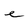
Character: e